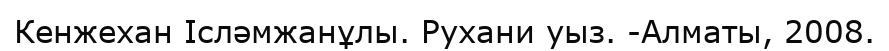
Кенжехан Ісләмжанұлы. Рухани уыз. -Алматы, 2008.